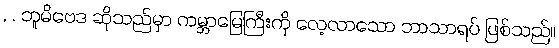
, . ဘူမိဗေဒ ဆိုသည်မှာ ကမ္ဘာမြေကြီးကို လေ့လာသော ဘာသာရပ် ဖြစ်သည်။